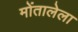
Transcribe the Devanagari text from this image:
मोंतालेला